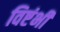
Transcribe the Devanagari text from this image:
विष्टंभी